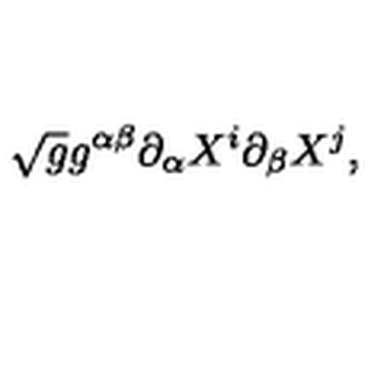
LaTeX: \sqrt { g } g ^ { \alpha \beta } \partial _ { \alpha } X ^ { i } \partial _ { \beta } X ^ { j } ,